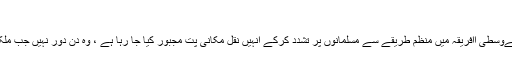
”
ہیومن رائٹس واچ کی رپورٹ میں کہا گیا ہےوسطی اافریقہ میں منظم طریقے سے مسلمانوں پر تشدد کرکے انہیں نقل مکانی پت مجبور کیا جا رہا ہے ، وہ دن دور نہیں جب ملک سے مسلم اقلیت کا نام و نشان مٹ جائے ۔